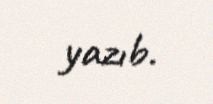
yazıb.